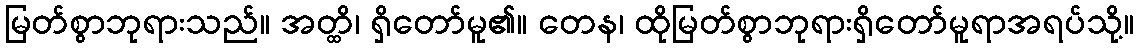
မြတ်စွာဘုရားသည်။ အတ္ထိ၊ ရှိတော်မူ၏။ တေန၊ ထိုမြတ်စွာဘုရားရှိတော်မူရာအရပ်သို့။